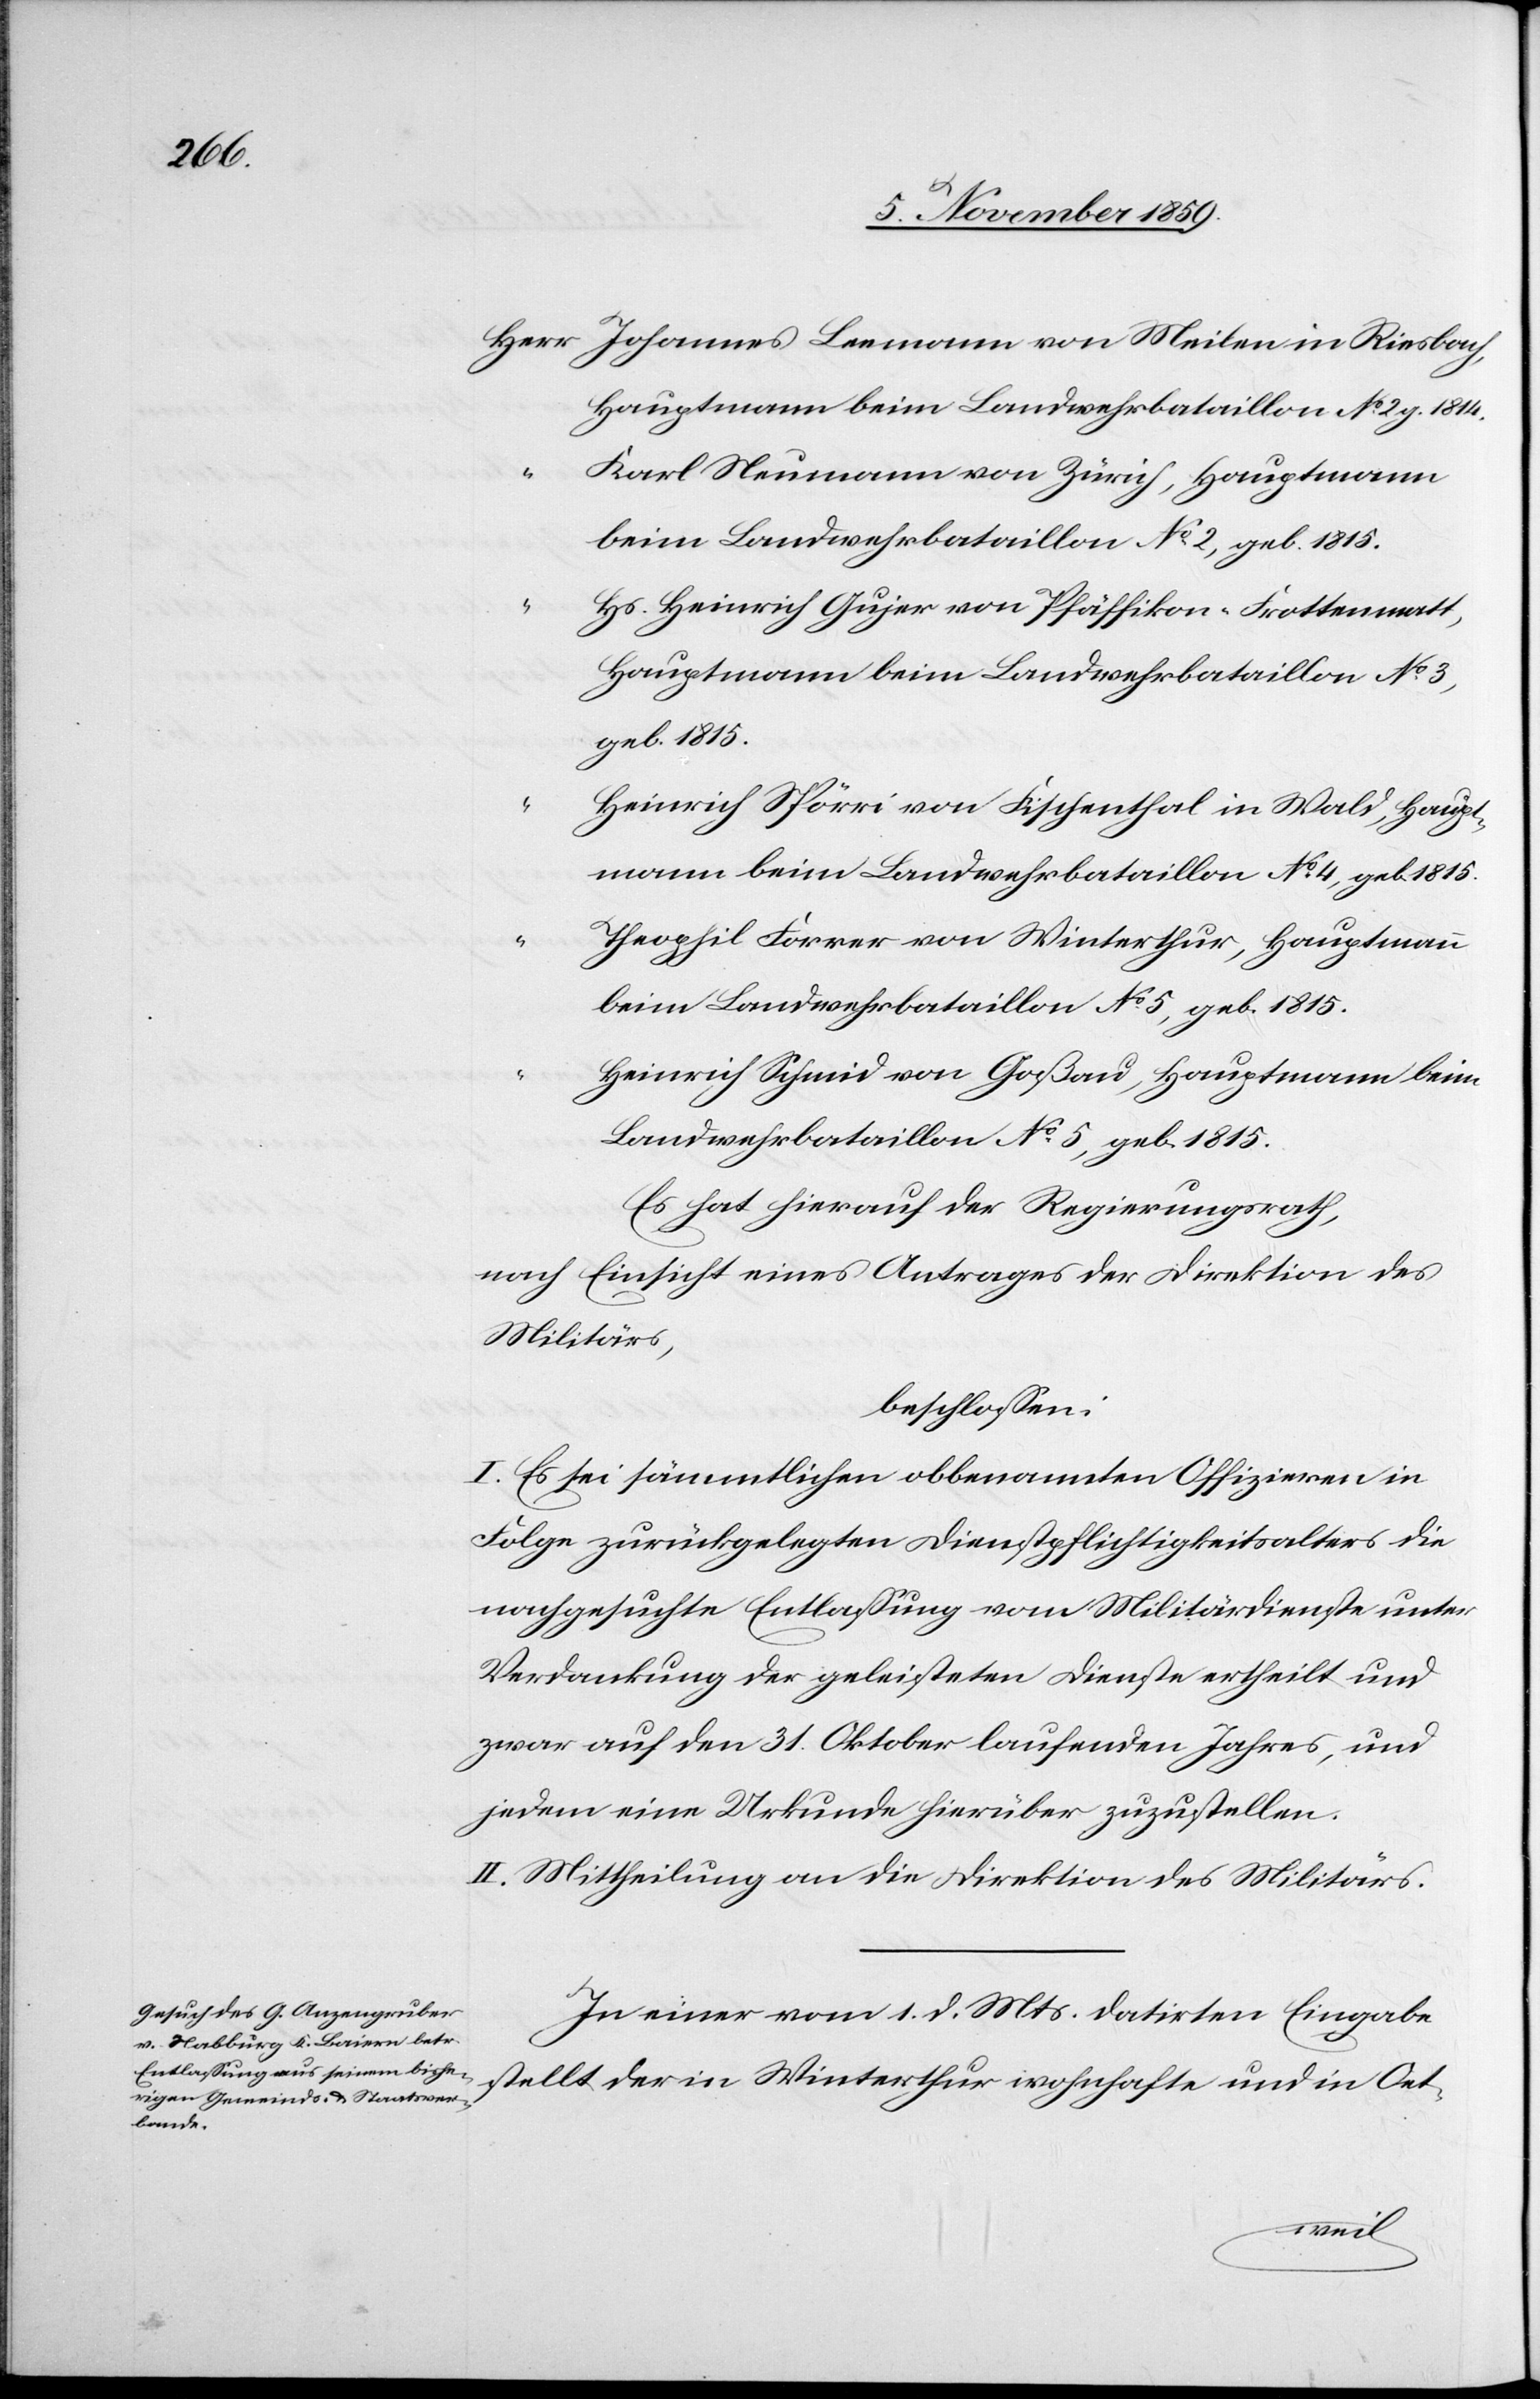
Herr	Johannes Leemann von Meilen in Riesbach,
Hauptmann beim Landwehrbataillon 		No. 2, g. 1814.
“		Karl Neumann von Zürich, Hauptmann
beim Landwehrbataillon No. 2, geb. 1815.
“		Hs. Heinrich Gujer von Pfäffikon-Frottenmatt,
Hauptmann beim Landwehrbataillon 		No. 3,
geb. 1815.
“		Heinrich Spörri von Fischenthal in Wald, Haupt¬
mann beim Landwehrbataillon No. 4, 		geb. 1815.
“		Theophil Forrer von Winterthur, Hauptmann
beim Landwehrbataillon No. 5, 			geb. 1815.
“		Heinrich Schmid von Goßau, Hauptmann beim
Landwehrbataillon No. 5, geb. 1815.
Es hat darauf der Regierungsrath,
nach Einsicht eines Antrages der Direktion des
Militärs,
beschlossen:
I. Es sei sämmtlichen obbenannten Offizieren in
Folge zurückgelegten Dienstpflichtigkeitsalters die
nachgesuchte Entlassung vom Militärdienste unter
Verdankung der geleisteten Dienste ertheilt und
zwar auf den 31. Oktober laufenden Jahres, und
jedem eine Urkunde hierüber zuzustellen.
II. Mittheilung an die Direktion des Militärs.
In einer vom 1. d. Mts. datirten Eingabe
stellt der in Winterthur wohnhafte und in Oet-